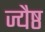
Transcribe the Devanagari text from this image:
ज्यैष्ठ